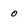
Character: 0